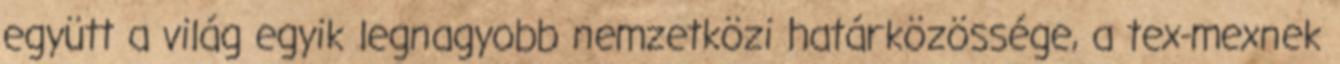
együtt a világ egyik legnagyobb nemzetközi határközössége, a tex-mexnek